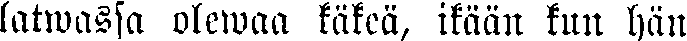
latwassa olewaa käkeä, ikään kun hän